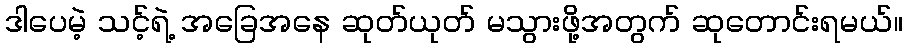
ဒါပေမဲ့ သင့်ရဲ့ အခြေအနေ ဆုတ်ယုတ် မသွားဖို့အတွက် ဆုတောင်းရမယ်။